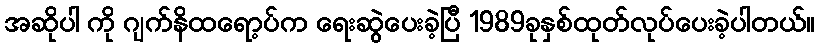
အဆိုပါ ကို ဂျက်နိထရော့ပ်က ရေးဆွဲပေးခဲ့ပြီ 1989ခုနှစ်ထုတ်လုပ်ပေးခဲ့ပါတယ်။